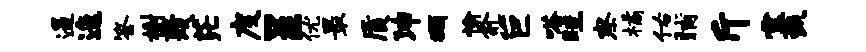
遏迤答榭蔑茫度呈优最质沛蠲愉愈巨嗒畦察橘佑晡斤霎甄